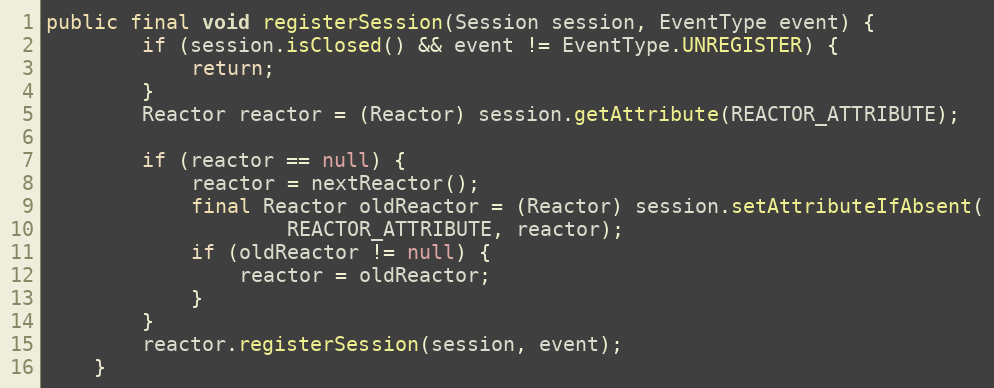
Language: Java
public final void registerSession(Session session, EventType event) {
		if (session.isClosed() && event != EventType.UNREGISTER) {
			return;
		}
		Reactor reactor = (Reactor) session.getAttribute(REACTOR_ATTRIBUTE);

		if (reactor == null) {
			reactor = nextReactor();
			final Reactor oldReactor = (Reactor) session.setAttributeIfAbsent(
					REACTOR_ATTRIBUTE, reactor);
			if (oldReactor != null) {
				reactor = oldReactor;
			}
		}
		reactor.registerSession(session, event);
	}